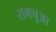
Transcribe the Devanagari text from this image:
रामचुआ